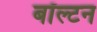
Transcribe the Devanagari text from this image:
बॉल्टन